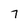
Character: 7